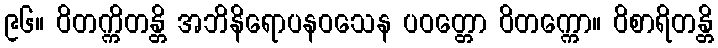
၉၆။ ဝိတက္ကိတန္တိ အဘိနိရောပနဝသေန ပဝတ္တော ဝိတက္ကော။ ဝိစာရိတန္တိ